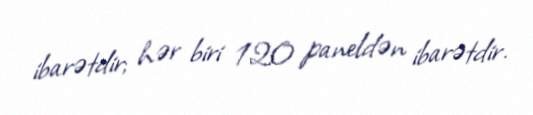
ibarətdir; hər biri 120 paneldən ibarətdir.